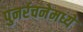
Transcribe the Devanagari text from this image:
पुनर्रचनेमध्ये